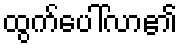
ထွက်ပေါ်လာ၏